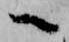
へ